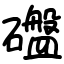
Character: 䃲